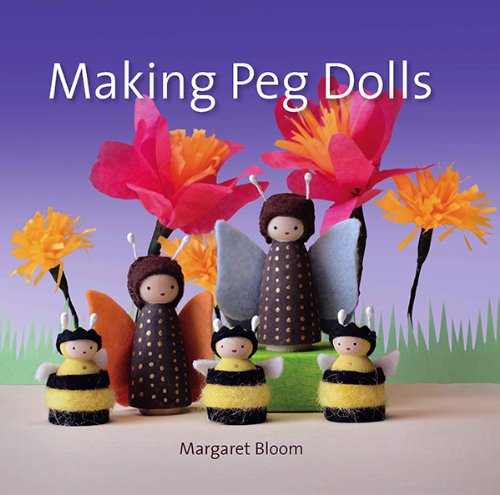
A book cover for Making Peg Dolls (Crafts and Family Activities); Margaret Bloom; Crafts, Hobbies & Home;